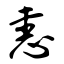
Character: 恚